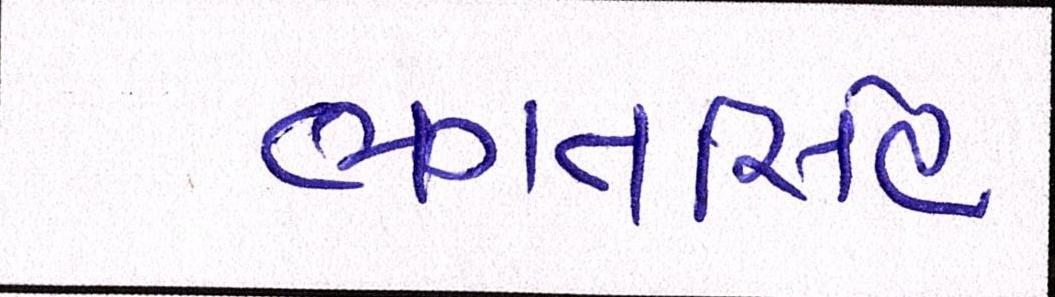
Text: ભગતસિંહ